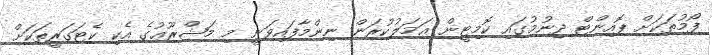
ފޯމުތަކަށް ޕޮއިންޓް ދިނުމުގައި ކޮމިޓީން ޢަމަލުކުރަން ނިންމާފައިވަނީ މި މަޝްރޫޢުގެ އެކި ކެޓަގަރީތަކަށް